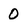
Character: 0